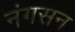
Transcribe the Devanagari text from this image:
नंगसन